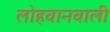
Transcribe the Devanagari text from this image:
लोहवानवाली